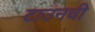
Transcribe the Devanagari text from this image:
टाउनची